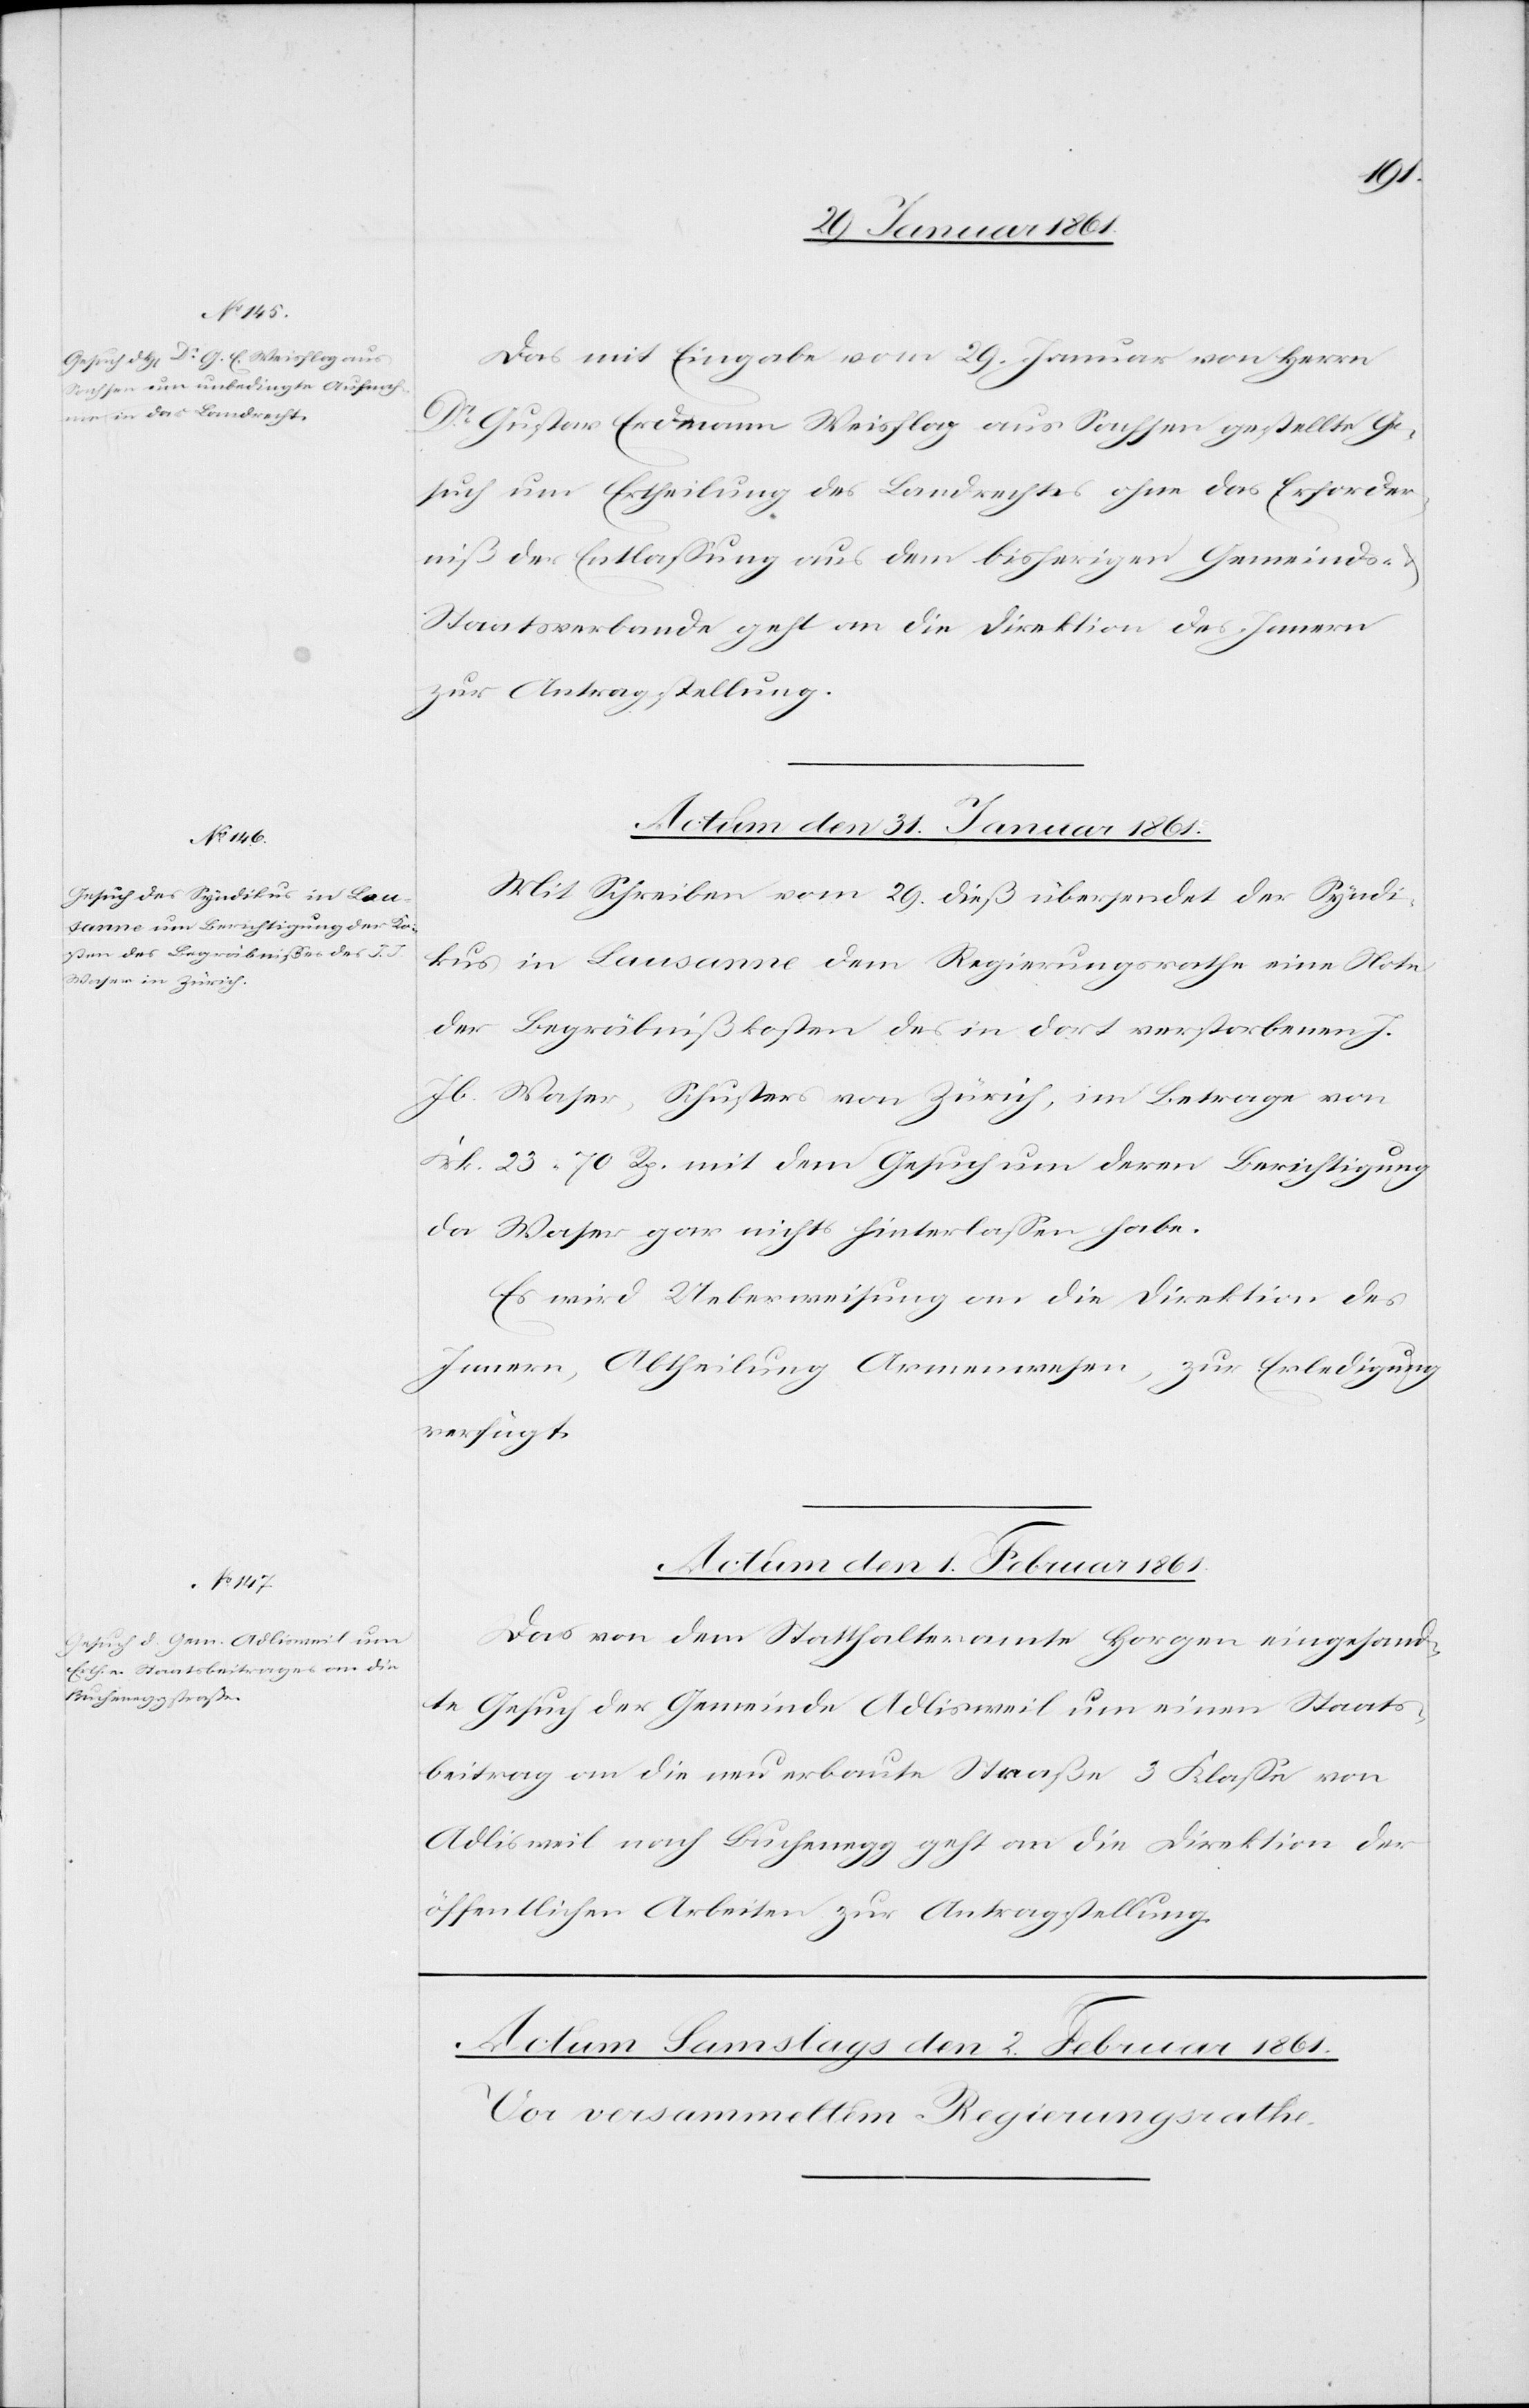
1861.
Das mit Eingabe vom 29. Januar von Herrn
Dr. Gustav Erdmann Weisflog aus Sachsen gestellte Ge¬
such um Ertheilung des Landrechtes ohne das Erforder¬
niß der Entlassung aus dem bisherigen Gemeinds-
Staatsverbande geht an die Direktion des Innern
zur Antragstellung.
Actum den 31. Januar 1861.
Mit Schreiben vom 29. dieß übersendet der Syndi¬
kus in Lausanne dem Regierungsrathe eine Note
der Begräbnißkosten des in dort verstorbenen J.
Jb. Waser, Schusters von Zürich, im Betrage von
Frk. 23. 70 Rp. mit dem Gesuch um deren Berichtigung
da Waser gar nichts hinterlassen habe.
Es wird Ueberweisung an die Direktion des
Innern, Abtheilung Armenwesen, zur Erledigung
verfügt.
Actum den 1. Februar
Das von dem Statthalteramte Horgen eingesand¬
te Gesuch der Gemeinde Adlisweil um einen Staats¬
beitrag an die neu erbaute Straße 3. Klasse von
Adlisweil nach Buchenegg geht an die Direktion der
öffentlichen Arbeiten zur Antragstellung.